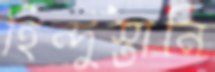
হিন্দুস্তানি